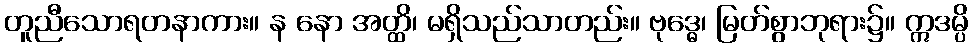
တူညီသောရတနာကား။ န နော အတ္ထိ၊ မရှိသည်သာတည်း။ ဗုဒ္ဓေ၊ မြတ်စွာဘုရား၌။ ဣဒမ္ပိ